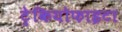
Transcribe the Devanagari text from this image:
ट्रेकियोफाइटा